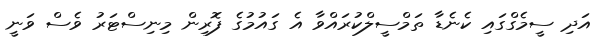
އަދި ސީމެގްގައި ކެނެޑާ ތަމްސީލްކުރައްވާ އެ ގައުމުގެ ފޮރިން މިނިސްޓަރު ވެސް ވަނީ